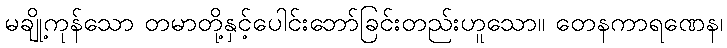
မချို့ကုန်သော တမာတို့နှင့်ပေါင်းဘော်ခြင်းတည်းဟူသော။ တေနကာရဏေန၊